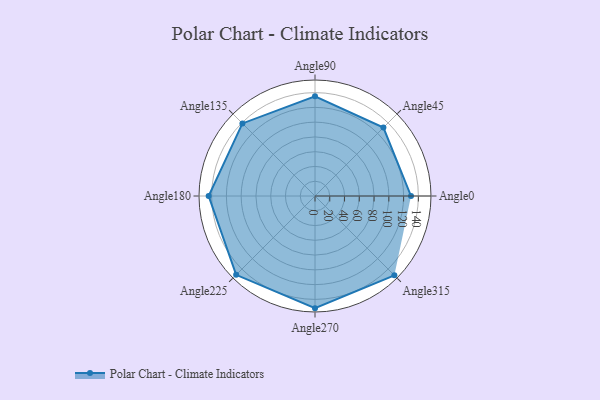
{"axis": {"x": "Angle", "y": "Radius"}, "legend": [""], "data": [{"x": "Angle0", "y": 130.0, "type": ""}, {"x": "Angle45", "y": 131.0, "type": ""}, {"x": "Angle90", "y": 135.0, "type": ""}, {"x": "Angle135", "y": 139.0, "type": ""}, {"x": "Angle180", "y": 144.0, "type": ""}, {"x": "Angle225", "y": 151.0, "type": ""}, {"x": "Angle270", "y": 152.0, "type": ""}, {"x": "Angle315", "y": 152.0, "type": ""}]}